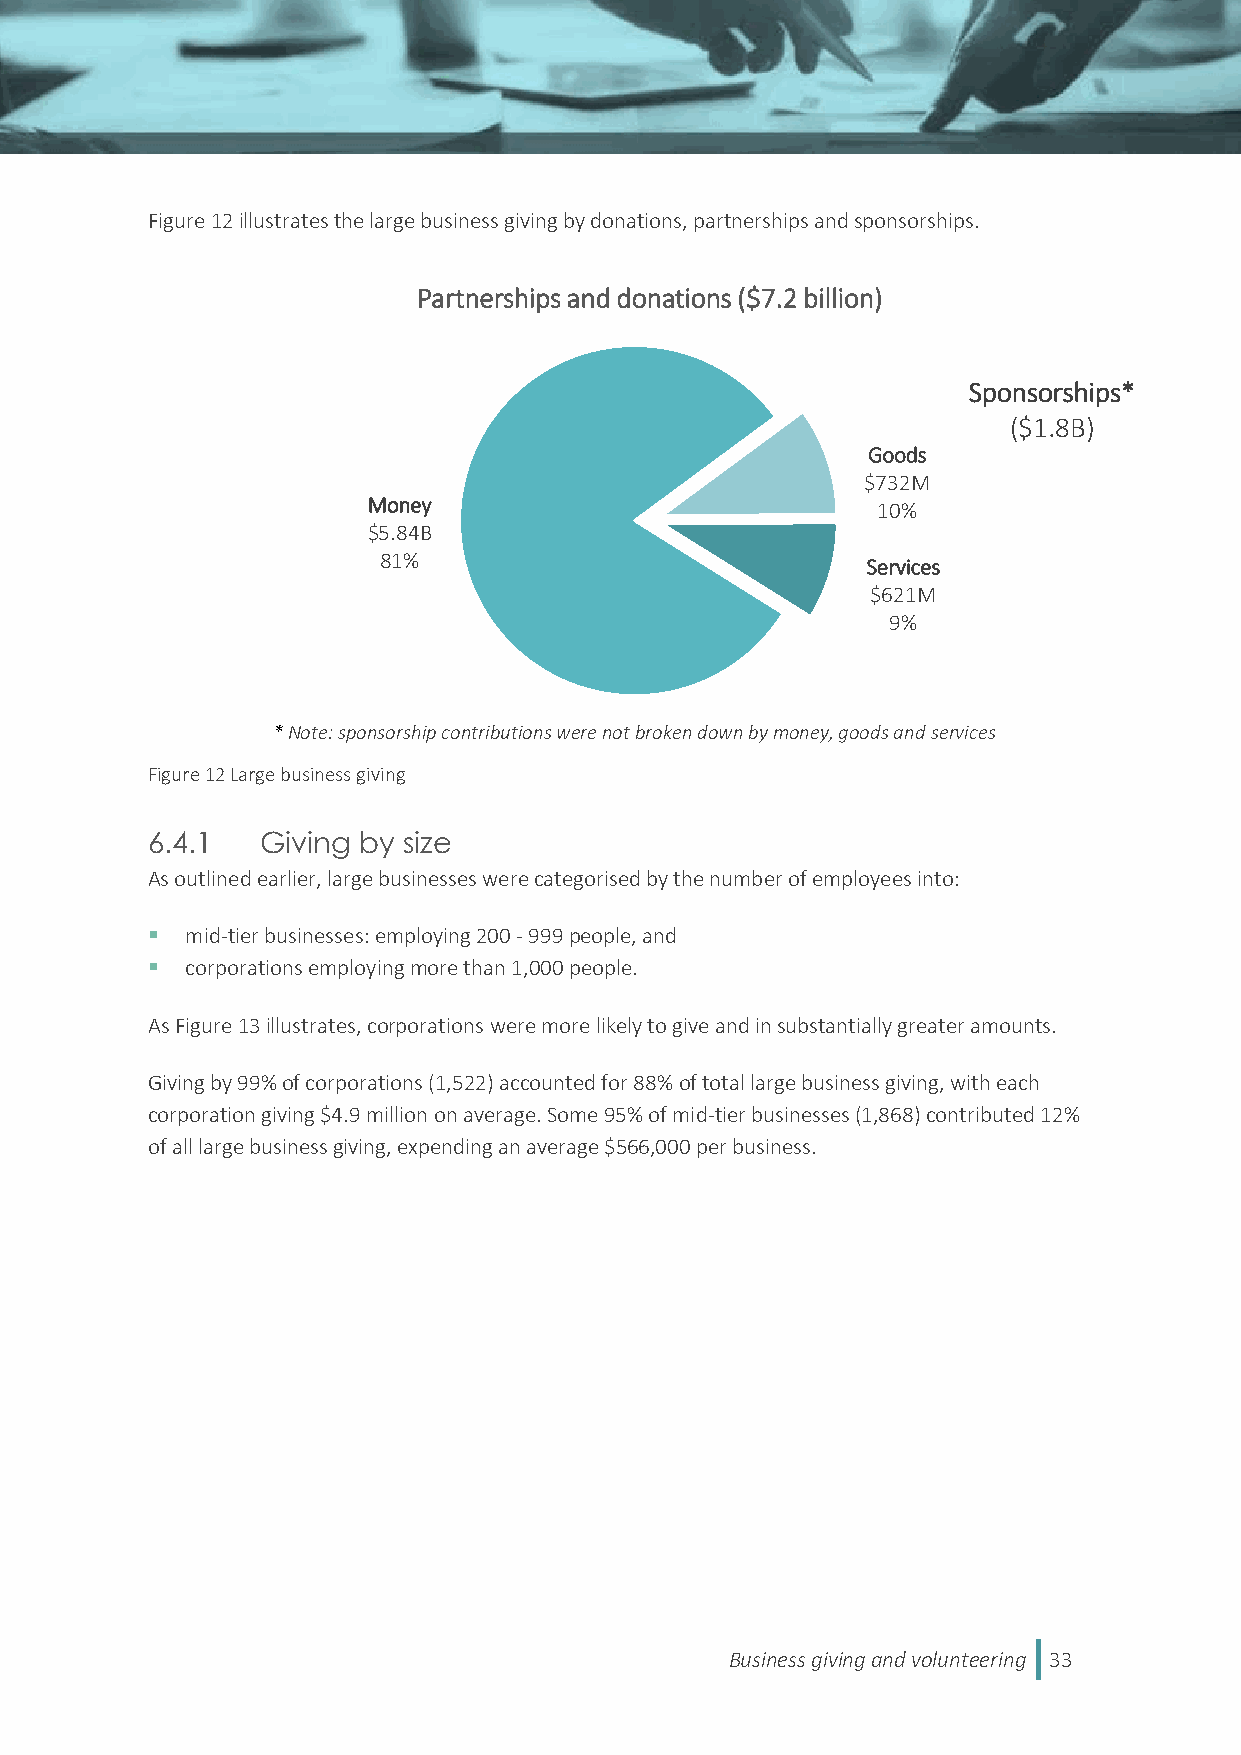
Figure 12 illustrates the large business giving by donations, partnerships and sponsorships.
 Partnerships and donations ($7.2 billion)
 Sponsorships*
 ($1.8B)
 Goods
 $732M
 Money                             10%
 $5.84B
 81%                             Services
 $621M
 9%
 * Note: sponsorship contributions were not broken down by money, goods and services
 Figure 12 Large business giving
 6.4.1  Giving by size
 As outlined earlier, large businesses were categorised by the number of employees into:
  mid-tier businesses: employing 200 - 999 people, and
  corporations employing more than 1,000 people.
 As Figure 13 illustrates, corporations were more likely to give and in substantially greater amounts.
 Giving by 99% of corporations (1,522) accounted for 88% of total large business giving, with each
 corporation giving $4.9 million on average. Some 95% of mid-tier businesses (1,868) contributed 12%
 of all large business giving, expending an average $566,000 per business.
 Business giving and volunteering 33